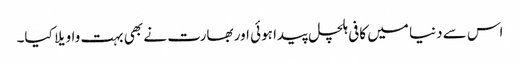
اس سے دنیا میں کافی ہلچل پیدا ہوئی اور بھارت نے بھی بہت واویلا کیا۔